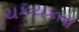
ચકચકતા